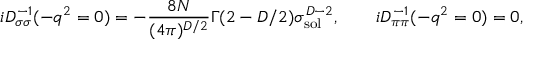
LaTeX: i D _ { \sigma \sigma } ^ { - 1 } ( - q ^ { 2 } = 0 ) = - \frac { 8 N } { ( 4 \pi ) ^ { D / 2 } } \Gamma ( 2 - D / 2 ) \sigma _ { \mathrm { s o l } } ^ { D - 2 } , \qquad i D _ { \pi \pi } ^ { - 1 } ( - q ^ { 2 } = 0 ) = 0 ,